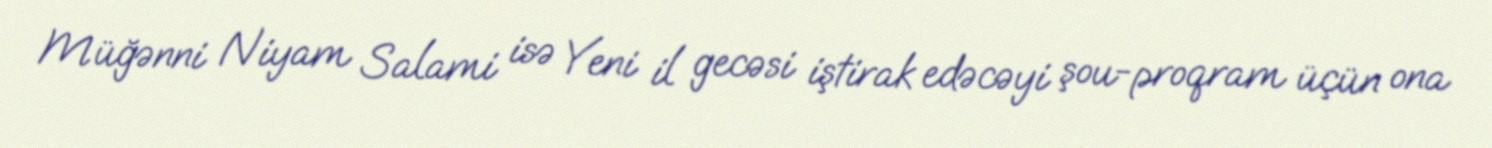
Müğənni Niyam Salami isə Yeni il gecəsi iştirak edəcəyi şou-proqram üçün ona